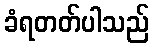
ခံရတတ်ပါသည်